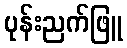
ပုန်းညက်ဖြူ